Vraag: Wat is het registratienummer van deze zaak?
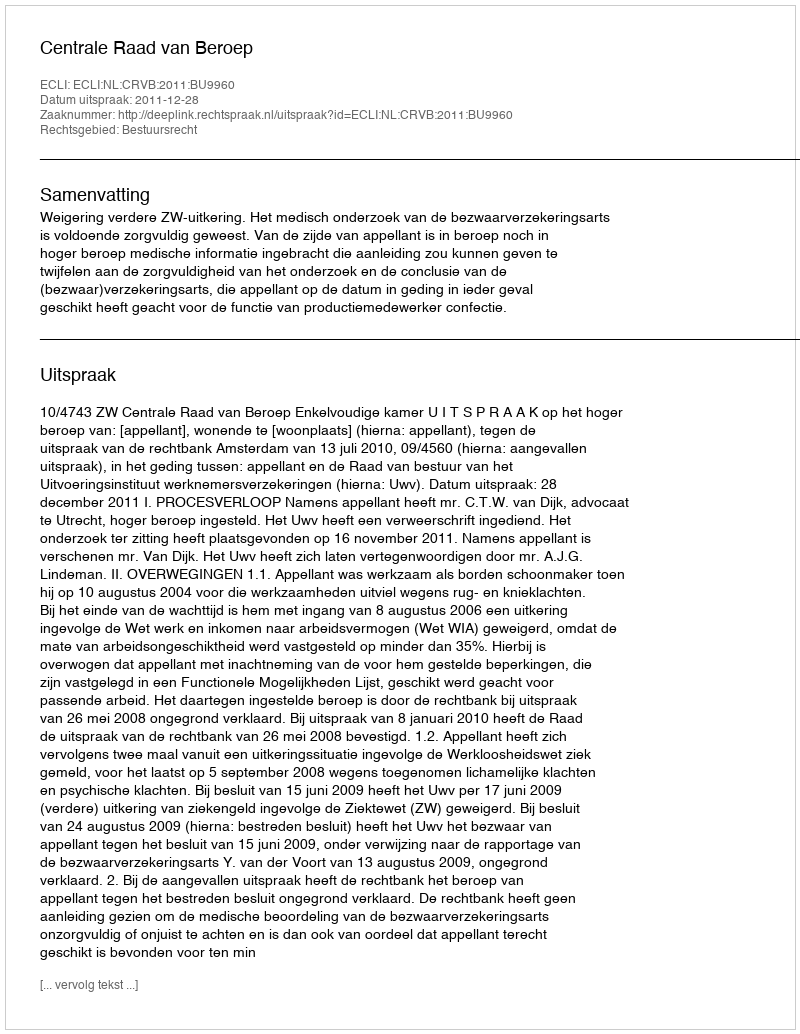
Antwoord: http://deeplink.rechtspraak.nl/uitspraak?id=ECLI:NL:CRVB:2011:BU9960